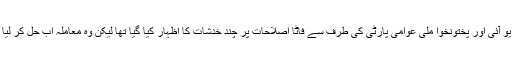
عبد القادر بلوچ نے کہا کہ دو سیاسی جماعتوں جے یو آئی اور پختونخوا ملی عوامی پارٹی کی طرف سے فاٹا اصلاحات پر چند خدشات کا اظہار کیا گیا تھا لیکن وہ معاملہ اب حل کر لیا گیا ہے لہذا اصلاحات کا بہت جلد اعلان ہوجائے گا۔